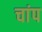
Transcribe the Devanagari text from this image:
चांप